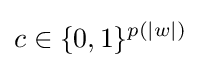
c\in \{0,1\}^{p(|w|)}